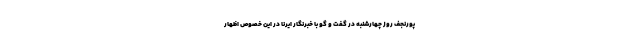
پورنجف روز چهارشنبه در گفت و گو با خبرنگار ایرنا در این خصوص اظهار